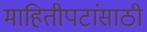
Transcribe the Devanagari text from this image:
माहितीपटांसाठी